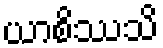
ယာစိဿသိ